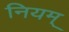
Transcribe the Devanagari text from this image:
नियम्